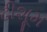
ઢીશૂમ